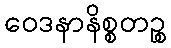
ဝေဒနာနိစ္စတဉ္စ